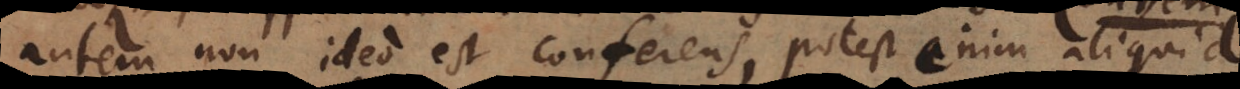
autem non ideo est conferens, potest enim aliquid